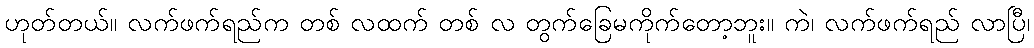
ဟုတ်တယ်။ လက်ဖက်ရည်က တစ် လထက် တစ် လ တွက်ခြေမကိုက်တော့ဘူး။ ကဲ၊ လက်ဖက်ရည် လာပြီ၊